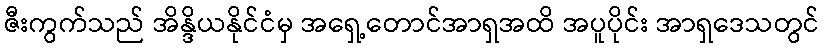
ဇီးကွက်သည် အိန္ဒိယနိုင်ငံမှ အရှေ့တောင်အာရှအထိ အပူပိုင်း အာရှဒေသတွင်